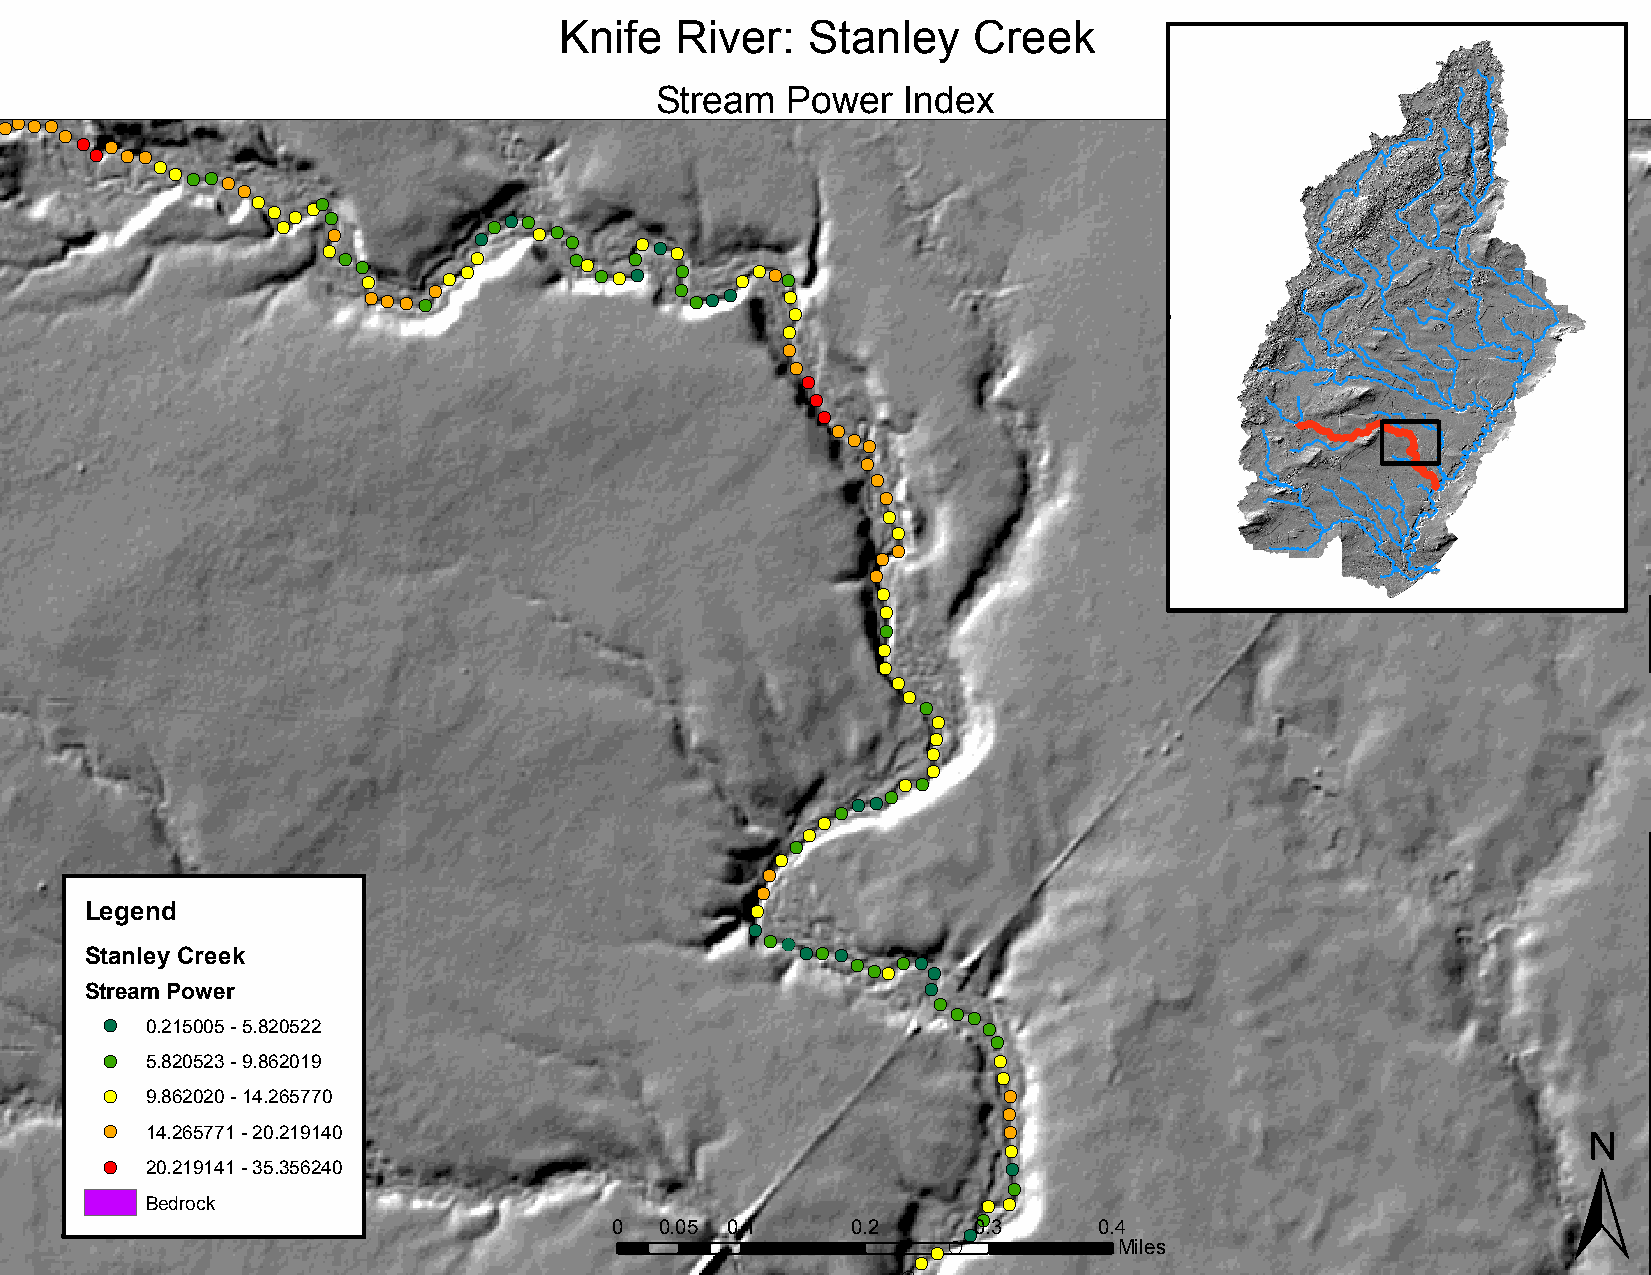
Knife   River:  Stanley    Creek
 !(                                         Stream   Power   Index
 !(
 !(!(!( !(
 !(
 !( !(
 !( !( !(
 !(
 !( !( !(!(
 !(
 !(
 !( !( !(
 !(!(
 !(!( !(
 !( !( !( !( !(!(
 !( !(!(!( !( !( !(
 !( !( !( !( !(
 !(!( !(!(
 !(  !(!(!(!(
 !(!( !( !(!(         !( !(!( !( !(
 !(
 !(
 !(
 !(
 !(
 !(
 !(
 !(
 !(
 !(
 !(
 !(
 !(
 !(
 !(
 !(
 !(
 !(
 !(
 !(
 !(
 !(
 !(
 !(
 !(
 !(
 !(
 !(
 !(
 !(
 !( !(
 !(
 !(!(
 !(
 !(
 !(
 !(
 !(
 !(
 !(
 Legend                                      !(
 !(
 !((!
 Stanley Creek                                  !(!( !( !((!!(!( !(
 !(
 Stream Power                                           (!
 !(
 !(!(
 !( 0.215005 - 5.820522                                    !(
 !(
 !( 5.820523 - 9.862019                                     !(
 !(
 !( 9.862020 - 14.265770                                    !(
 ±
 !(
 !( 14.265771 - 20.219140                                   !(
 !(
 !( 20.219141 - 35.356240                                    !(
 !(
 Bedrock                                                !( !(
 0   0.05 0.1    0.2
 !(0!(
 . 3     0.4
 !((!        Miles
 !(
 (!
 !(